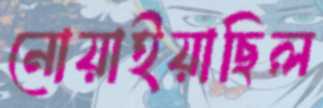
নোয়াইয়াছিল